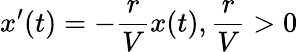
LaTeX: x^{\prime}(t)=-{\frac{r}{V}}x(t),{\frac{r}{V}}>0